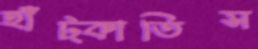
হাঁট্‌কাতিস